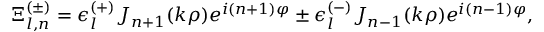
\Xi _ { l , n } ^ { ( \pm ) } = \epsilon _ { l } ^ { ( + ) } J _ { n + 1 } ( k \rho ) e ^ { i ( n + 1 ) \varphi } \pm \epsilon _ { l } ^ { ( - ) } J _ { n - 1 } ( k \rho ) e ^ { i ( n - 1 ) \varphi } ,